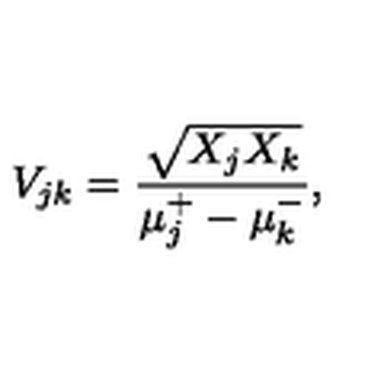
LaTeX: V _ { j k } = \frac { \sqrt { X _ { j } X _ { k } } } { \mu _ { j } \sp { + } - \mu _ { k } \sp { - } } ,